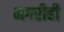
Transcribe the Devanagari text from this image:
मगरीही